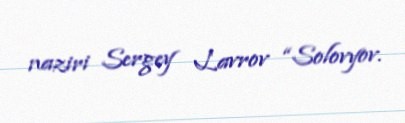
naziri Sergey Lavrov “Solovyov.